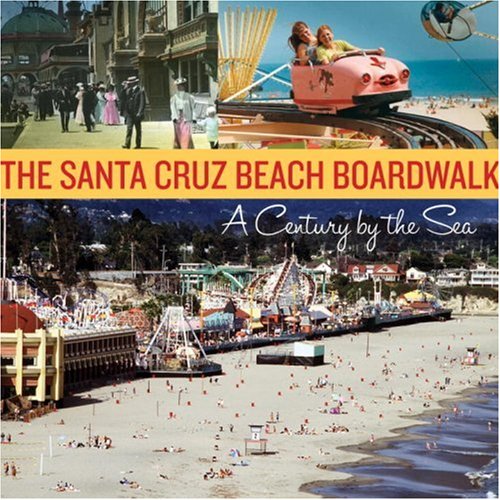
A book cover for The Santa Cruz Beach Boardwalk: A Century by the Sea; Santa Cruz Seaside Company; Travel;